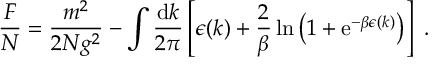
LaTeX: \frac { { \cal F } } { N } = \frac { m ^ { 2 } } { 2 N g ^ { 2 } } - \int \frac { \mathrm { d } k } { 2 \pi } \left[ \epsilon ( k ) + \frac { 2 } { \beta } \ln \left( 1 + \mathrm { e } ^ { - \beta \epsilon ( k ) } \right) \right] \ .